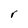
Character: r